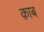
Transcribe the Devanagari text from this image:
क़ाब